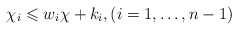
\begin{align*}\chi_i \leqslant w_i \chi + k_i, (i = 1,\dots, n-1)\end{align*}